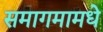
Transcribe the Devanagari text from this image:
समागमामधे